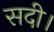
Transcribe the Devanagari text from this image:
सदी।